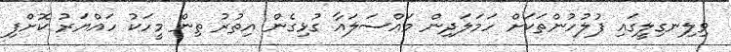
ވިލިނގިލީގައި ފުލުހުންތަކަށް ހަމަލަދިން މައްސަލައާ ގުޅިގެން އިތުރު ތިން މީހަކު ހައްޔަރު ކޮށްފި